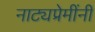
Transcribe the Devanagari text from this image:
नाट्यप्रेमींनी